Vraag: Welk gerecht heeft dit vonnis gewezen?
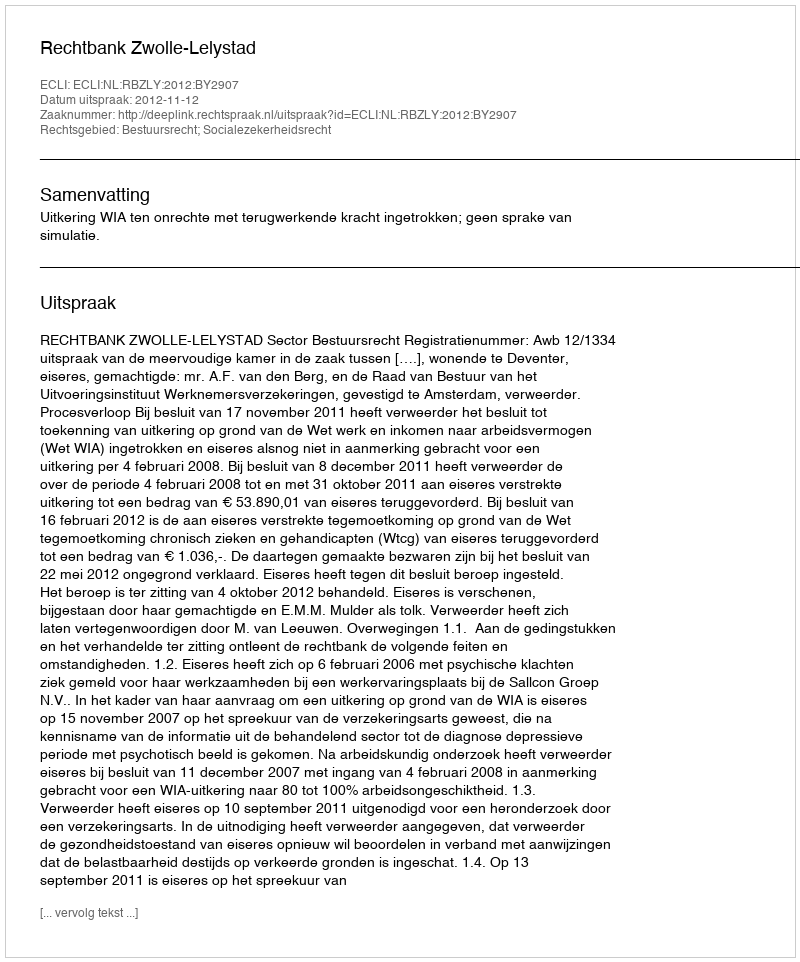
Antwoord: Rechtbank Zwolle-Lelystad